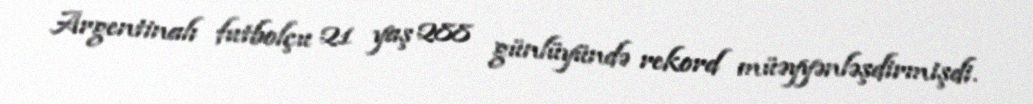
Argentinalı futbolçu 21 yaş 288 günlüyündə rekord müəyyənləşdirmişdi.